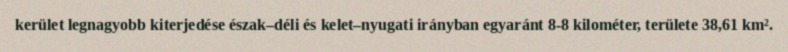
kerület legnagyobb kiterjedése észak–déli és kelet–nyugati irányban egyaránt 8-8 kilométer, területe 38,61 km².